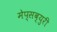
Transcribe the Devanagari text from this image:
मेप्सब्युरी